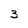
Character: 3